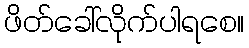
ဖိတ်ခေါ်လိုက်ပါရစေ။